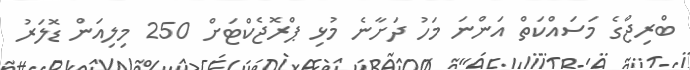
ބްރިޖްގެ މަސައްކަތް އަންނަ މަހު ދަށާނެ މުޅި ޕްރޮޖެކްޓަށް 250 މިލިއަން ޑޮލަރު